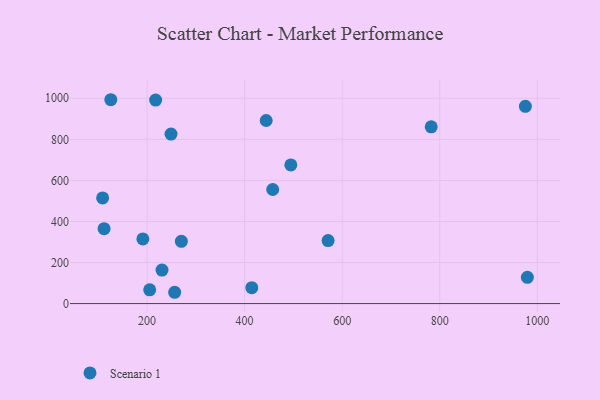
{"axis": {"x": "Price", "y": "Exam Score"}, "legend": ["Scenario 1"], "data": [{"x": "414.8", "y": 77.7, "type": "Scenario 1"}, {"x": "979.7", "y": 128.0, "type": "Scenario 1"}, {"x": "112.0", "y": 365.0, "type": "Scenario 1"}, {"x": "109.0", "y": 514.5, "type": "Scenario 1"}, {"x": "444.3", "y": 891.9, "type": "Scenario 1"}, {"x": "457.7", "y": 555.8, "type": "Scenario 1"}, {"x": "217.7", "y": 991.4, "type": "Scenario 1"}, {"x": "191.5", "y": 315.1, "type": "Scenario 1"}, {"x": "256.7", "y": 55.1, "type": "Scenario 1"}, {"x": "205.5", "y": 66.8, "type": "Scenario 1"}, {"x": "125.8", "y": 993.0, "type": "Scenario 1"}, {"x": "249.2", "y": 825.6, "type": "Scenario 1"}, {"x": "571.2", "y": 306.7, "type": "Scenario 1"}, {"x": "230.7", "y": 163.4, "type": "Scenario 1"}, {"x": "975.6", "y": 960.7, "type": "Scenario 1"}, {"x": "782.6", "y": 860.9, "type": "Scenario 1"}, {"x": "270.4", "y": 303.1, "type": "Scenario 1"}, {"x": "494.8", "y": 675.2, "type": "Scenario 1"}]}